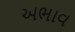
અભાવ